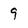
Character: 9